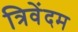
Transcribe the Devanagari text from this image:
त्रिवेंदम